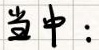
当中：